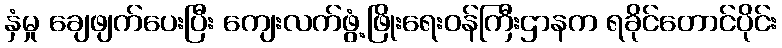
နှံမှု ချေဖျက်ပေးပြီး ကျေးလက်ဖွံ့ဖြိုးရေးဝန်ကြီးဌာနက ရခိုင်တောင်ပိုင်း